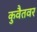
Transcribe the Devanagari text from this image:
कुवैतवर